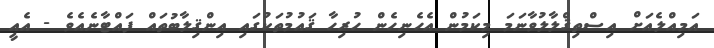
އަމިއްލެއަށް އިސްތިޤްލާލުވާނަމަ މިކަމުން އެހެނިހެން ހުރިހާ ޤައުމުތަކުގައި އިންޤިލާބުތައް ފައްޓާނެއެވެ - އެއީ